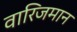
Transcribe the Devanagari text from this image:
वारिजमान